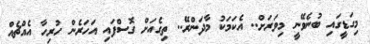
މިގަޑީގައި ބުނެވޭނީ މިވަރަށް.. އެކަމަކު މާދަންރޭ.. ތިގެއަށް ގޮސްފައި އަހަރެން ހުރިހާ އެއްޗެއް